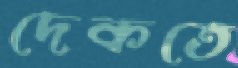
দেকতে